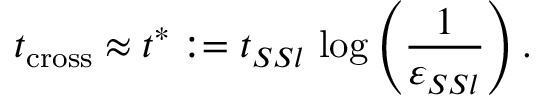
t _ { \mathrm { c r o s s } } \approx t ^ { \ast } : = t _ { S S l } \, \log \left( \frac { 1 } { \varepsilon _ { S S l } } \right) .